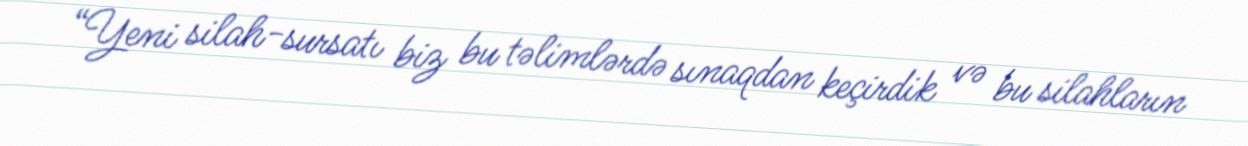
“Yeni silah-sursatı biz bu təlimlərdə sınaqdan keçirdik və bu silahların